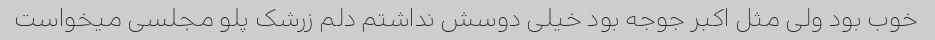
خوب بود ولی مثل اکبر جوجه بود خیلی دوسش نداشتم دلم زرشک پلو مجلسی میخواست